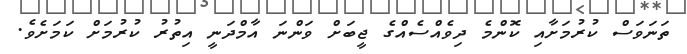
ތަނަވަސް ކުރުމަށާއި ކޮންމެ ދިވެއްސެއްގެ ޖީބަށް ވަންނަ އާމްދަނީ އިތުރު ކުރުމަށް ކަމަށެވެ.